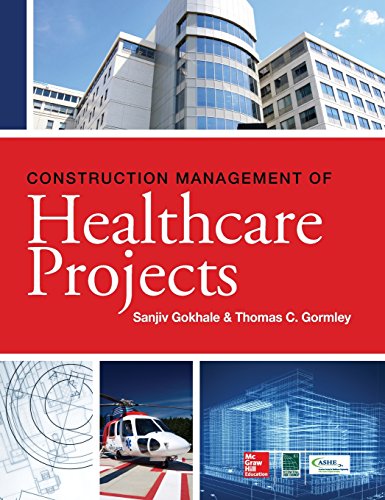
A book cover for Construction Management of Healthcare Projects; Sanjiv Gokhale; Arts & Photography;